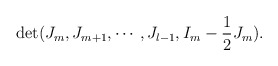
\begin{align*}\det(J_m,J_{m+1},\cdots,J_{l-1},I_m-\frac{1}{2}J_m).\end{align*}